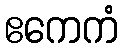
ဧကေကံ